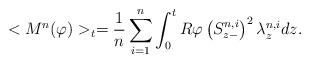
LaTeX: \begin{align*}<M^{n}(\varphi)>_{t} = \frac{1}{n} \sum_{i=1}^{n} \int_{0}^{t} R\varphi\left( S^{n,i}_{z-} \right)^{2} \lambda^{n,i}_{z} dz.\end{align*}